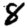
Digit: 8